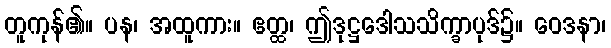
တူကုန်၏။ ပန၊ အထူကား။ ဧတ္ထ၊ ဤဒုဋ္ဌဒေါသသိက္ခာပုဒ်၌။ ဝေဒနာ၊